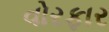
વોરફાર